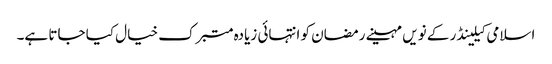
اسلامی کیلینڈر کے نویں مہینے رمضان کو انتہائی زیادہ متبرک خیال کیا جاتا ہے۔